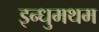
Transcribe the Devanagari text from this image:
इन्धुमथम